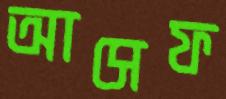
আসেফ